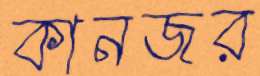
কানজর